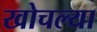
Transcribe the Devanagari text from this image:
खोचल्या